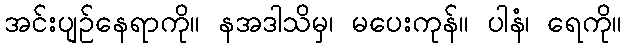
အင်းပျဉ်နေရာကို။ နအဒါသိမှ၊ မပေးကုန်။ ပါနံ၊ ရေကို။